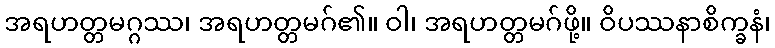
အရဟတ္တမဂ္ဂဿ၊ အရဟတ္တမဂ်၏။ ဝါ၊ အရဟတ္တမဂ်ဖို့။ ဝိပဿနာစိက္ခနံ၊